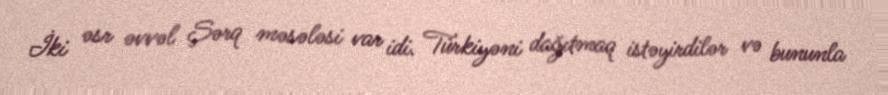
İki əsr əvvəl Şərq məsələsi var idi. Türkiyəni dağıtmaq istəyirdilər və bununla